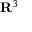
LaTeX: \mathbf { R } ^ { 3 }